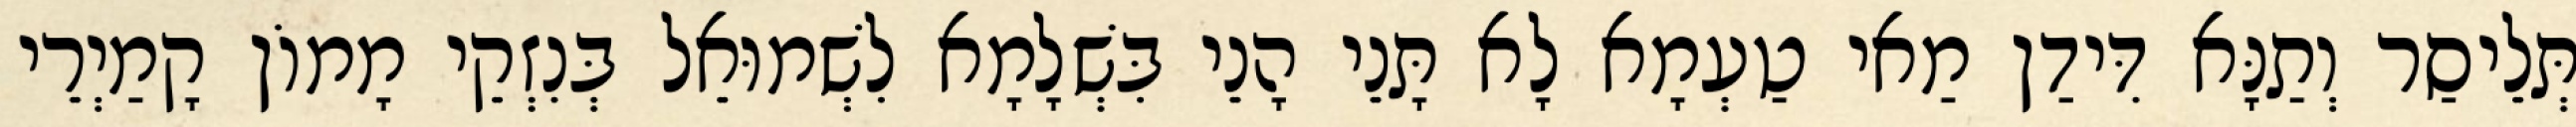
תְּלֵיסַר וְתַנָּא דִּידַן מַאי טַעְמָא לָא תָּנֵי הָנֵי בִּשְׁלָמָא לִשְׁמוּאֵל בְּנִזְקֵי מָמוֹן קָמַיְרֵי